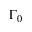
\Gamma _ { 0 }